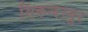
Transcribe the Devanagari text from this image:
सिकन्‍दरपुर